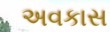
અવકાસ